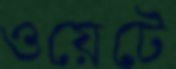
ওয়েটে